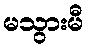
မသွားမီ